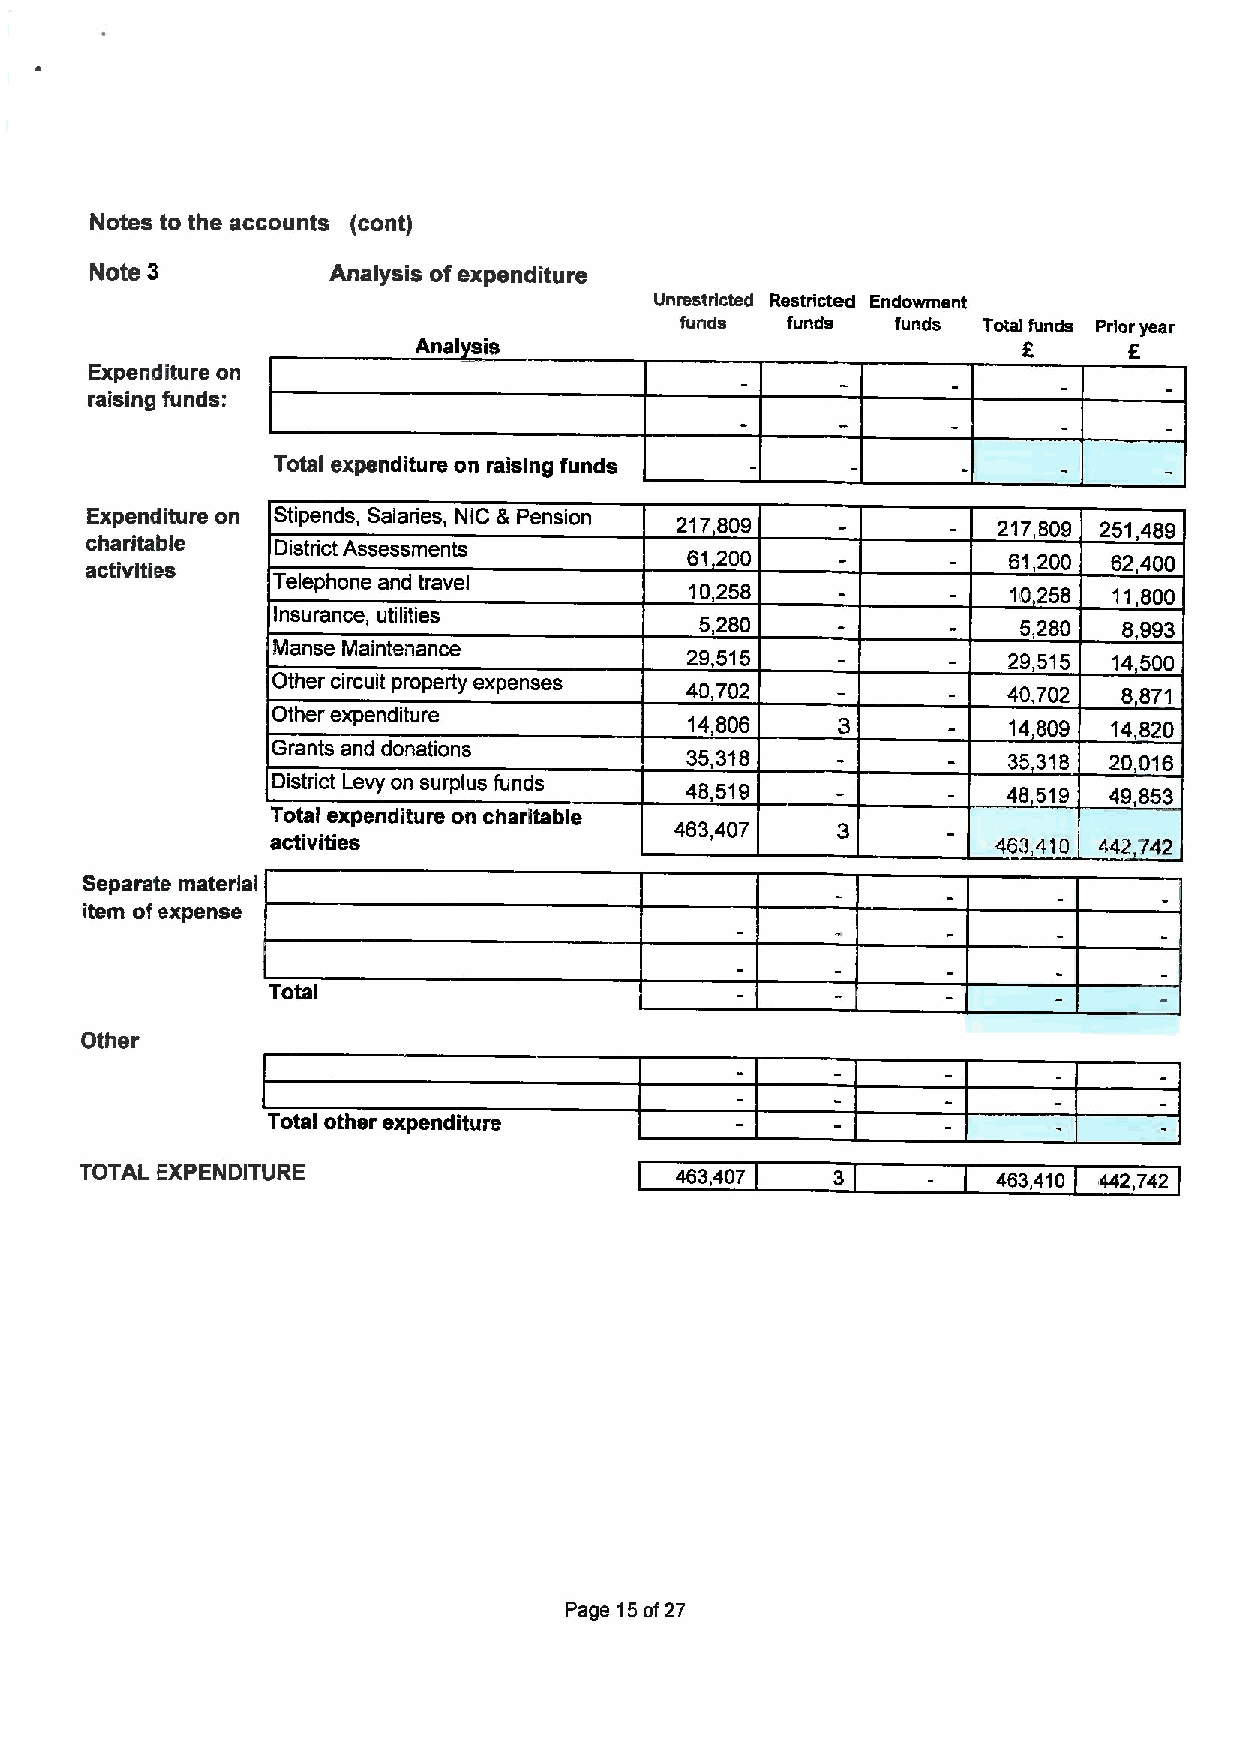
Notes to the accounts (cont)
 Note 3          Analysis ofexpenditure
 Unrestricted Restricted Endowment
 funds  funds  funds Total funds Prior year
 Anal is                                  6      E
 Expenditure on
 raising funds:
 Total expenditure on raising funds
 Expenditure on Stipends, Salaries, NIC &Pension 217,809     217809 251 489
 charitable  District Assessments
 61,200                61,200 62 400
 activities
 Telephone and travel
 10,258               10258  11,800
 Insurance, utilities        5280                  5,280 8993
 Manse Maintenance
 29 515                29515  14500
 Other circuit property expenses 40,702           40,702 8,871
 Other expenditure
 14,806               14809  14,820
 Grants and donations       35318                 35,318 20 016
 District Levy on surplus funds 48,519            48,519 49,853
 Total expenditure on charitable
 463,407
 activities                                      463,410 442 742
 Separate material
 item ofexpense
 Total
 Other
 Total other expenditure
 TOTAL EXPENDITURE                       463,407   3          463,410 442,742
 Page 15of27